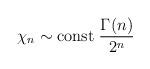
LaTeX: \begin{align*}\chi_n \sim \mbox{\rm const} \; {{\Gamma(n)} \over {2^n}}\end{align*}